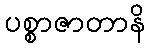
ပစ္စာဇာတာနိ